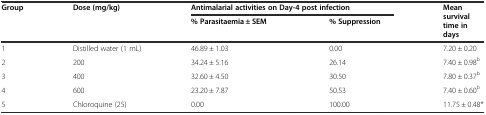
| <ROWSPAN=2> Group | <ROWSPAN=2> Dose (mg/kg) | <COLSPAN=2> Antimalarial activities on Day-4 post infection | <ROWSPAN=2> Mean survival time in days |
 | % Parasitaemia ± SEM | % Suppression |
 | --- | --- | --- | --- | --- |
 | 1 | Distilled water (1 mL) | 46.89 ± 1.03 | 0.00 | 7.20 ± 0.20 |
 | 2 | 200 | 34.24 ± 5.16 | 26.14 | 7.40 ± 0.98b |
 | 3 | 400 | 32.60 ± 4.50 | 30.50 | 7.80 ± 0.37b |
 | 4 | 600 | 23.20 ± 7.87 | 50.53 | 7.40 ± 0.60b |
 | 5 | Chloroquine (25) | 0.00 | 100.00 | 11.75 ± 0.48* |